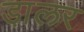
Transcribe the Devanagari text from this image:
डा़लर